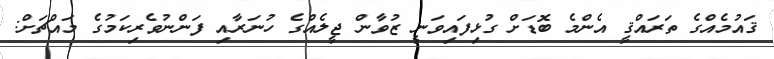
ޤައުމެއްގެ ތަރައްޤީ އެންމެ ބޮޑަށް ގުޅިފައިވަނީ ޒުވާން ޖީލެއްގެ ހުނަރާއި ފަންނުވެރިކަމުގެ މައްޗަށް: